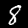
Digit: 8